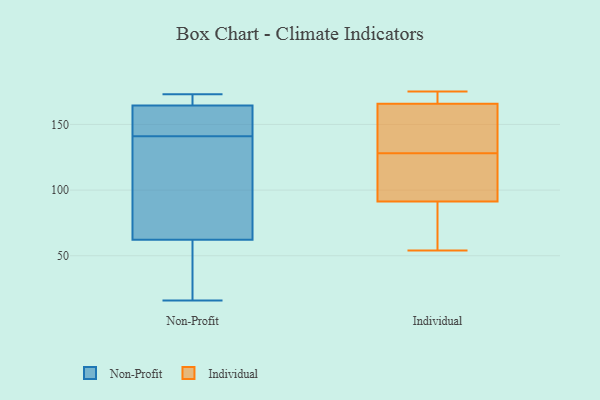
{"axis": {"x": "Operating Costs (USD K)", "y": "Value"}, "legend": ["Individual", "Non-Profit"], "data": [{"x": "", "y": 166, "type": "Non-Profit"}, {"x": "", "y": 173, "type": "Non-Profit"}, {"x": "", "y": 57, "type": "Non-Profit"}, {"x": "", "y": 141, "type": "Non-Profit"}, {"x": "", "y": 173, "type": "Non-Profit"}, {"x": "", "y": 97, "type": "Non-Profit"}, {"x": "", "y": 35, "type": "Non-Profit"}, {"x": "", "y": 146, "type": "Non-Profit"}, {"x": "", "y": 78, "type": "Non-Profit"}, {"x": "", "y": 160, "type": "Non-Profit"}, {"x": "", "y": 16, "type": "Non-Profit"}, {"x": "", "y": 150, "type": "Individual"}, {"x": "", "y": 172, "type": "Individual"}, {"x": "", "y": 73, "type": "Individual"}, {"x": "", "y": 54, "type": "Individual"}, {"x": "", "y": 113, "type": "Individual"}, {"x": "", "y": 84, "type": "Individual"}, {"x": "", "y": 130, "type": "Individual"}, {"x": "", "y": 128, "type": "Individual"}, {"x": "", "y": 171, "type": "Individual"}, {"x": "", "y": 175, "type": "Individual"}, {"x": "", "y": 124, "type": "Individual"}]}